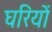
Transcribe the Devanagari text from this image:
घरियों